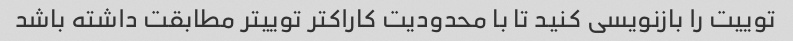
توییت را بازنویسی کنید تا با محدودیت کاراکتر توییتر مطابقت داشته باشد